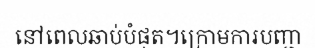
នៅពេលឆាប់បំផុត។ក្រោមការបញ្ជា